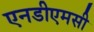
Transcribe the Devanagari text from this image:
एनडीएमसी